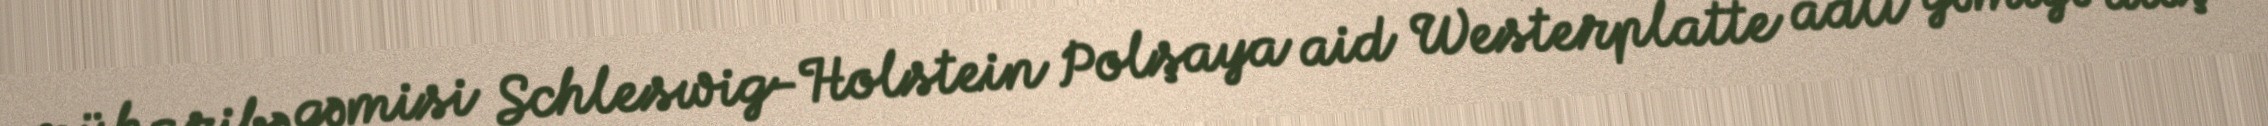
müharibə gəmisi Schleswig-Holstein Polşaya aid Westerplatte adlı gəmiyə atəş